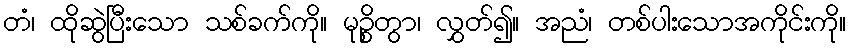
တံ၊ ထိုဆွဲပြီးသော သစ်ခက်ကို။ မုဉ္စိတွာ၊ လွှတ်၍။ အညံ၊ တစ်ပါးသောအကိုင်းကို။